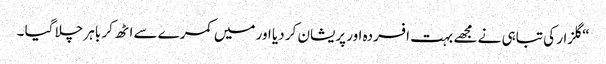
“ گلزار کی تباہی نے مجھے بہت افسردہ اور پریشان کر دیا اور میں کمرے سے اٹھ کر باہر چلا گیا ۔